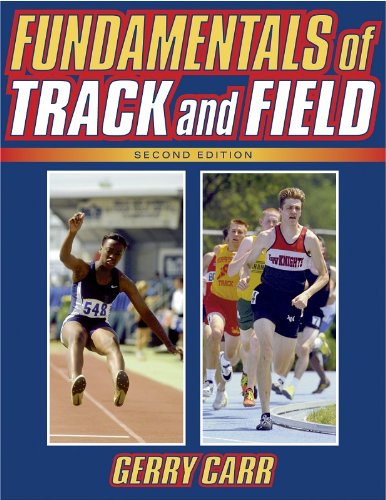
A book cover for Fundamentals of Track and Field, Second Edition; Gerry Carr; Sports & Outdoors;